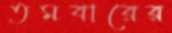
তমবারের